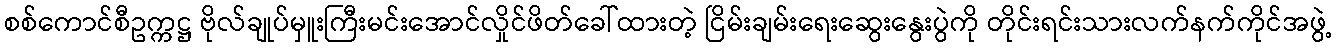
စစ်ကောင်စီဥက္ကဋ္ဌ ဗိုလ်ချုပ်မှူးကြီးမင်းအောင်လှိုင်ဖိတ်ခေါ်ထားတဲ့ ငြိမ်းချမ်းရေးဆွေးနွေးပွဲကို တိုင်းရင်းသားလက်နက်ကိုင်အဖွဲ့